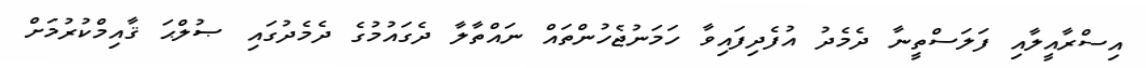
އިސްރާއީލާއި ފަލަސްތީނާ ދެމެދު އުފެދިފައިވާ ހަމަނުޖެހުންތައް ނައްތާލާ ދެގައުމުގެ ދެމެދުގައި ޞުލްޙަ ޤާއިމްކުރުމަށް